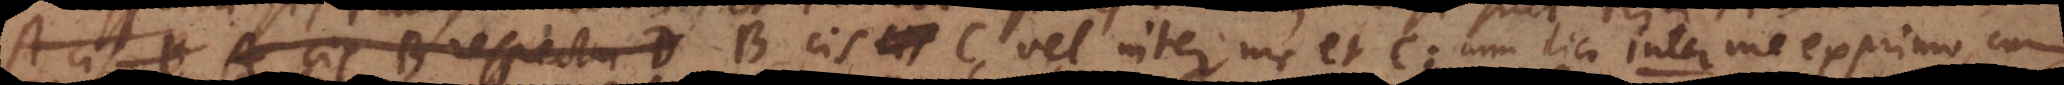
A cis B respectu D B cis C vel inter me et C; cum dico inter, me exprimo, cum